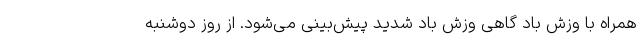
همراه با وزش باد گاهی وزش باد شدید پیش‌بینی می‌شود. از روز دوشنبه